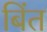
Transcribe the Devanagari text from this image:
बिंत